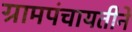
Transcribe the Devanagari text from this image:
ग्रामपंचायतीने